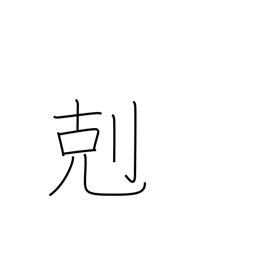
Meaning: victory